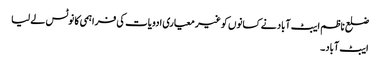
ضلع ناظم ایبٹ آباد نے کسانوں کو غیر معیاری ادویات کی فراہمی کا نوٹس لے لیا
ایبٹ آباد۔